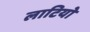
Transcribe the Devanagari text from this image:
लाटियो